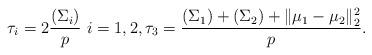
LaTeX: \begin{align*}\tau_{i}=2\frac{(\Sigma_{i})}{p}~i=1,2,\tau_{3}=\frac{(\Sigma_{1})+(\Sigma_{2})+\|\mu_{1}-\mu_{2}\|^{2}_{2}}{p}.\end{align*}